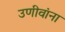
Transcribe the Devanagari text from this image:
उणीवांना